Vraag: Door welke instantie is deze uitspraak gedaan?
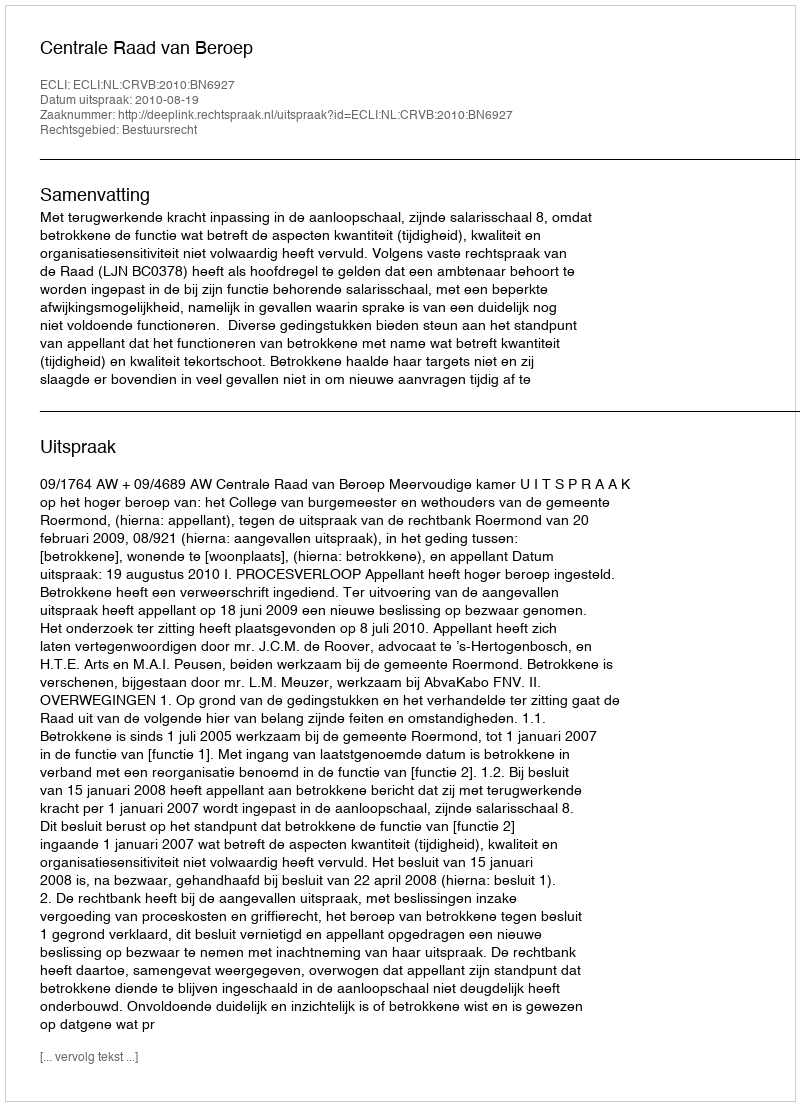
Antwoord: Centrale Raad van Beroep